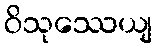
ဝိသုဿေယျ